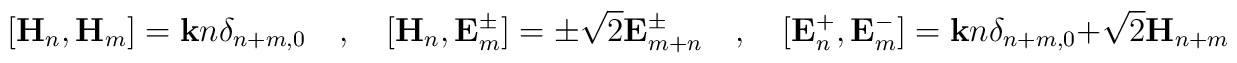
[\mathbf{H}_n,\mathbf{H}_m]=\mathbf{k}n\delta_{n+m,0}  \quad,\quad  [\mathbf{H}_n,\mathbf{E}^{\pm}_m]=\pm\sqrt 2\mathbf{E}^{\pm}_{m+n}  \quad,\quad  [\mathbf{E}^+_n,\mathbf{E}^-_m]=\mathbf{k}n\delta_{n+m,0}+  \sqrt2\mathbf{H}_{n+m}  \quad